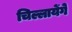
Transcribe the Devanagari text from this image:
चिल्लायेंगे